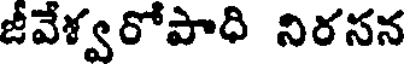
జీవేళ్వరోపాధి నిరసన